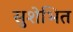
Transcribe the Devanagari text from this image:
सुशेभित